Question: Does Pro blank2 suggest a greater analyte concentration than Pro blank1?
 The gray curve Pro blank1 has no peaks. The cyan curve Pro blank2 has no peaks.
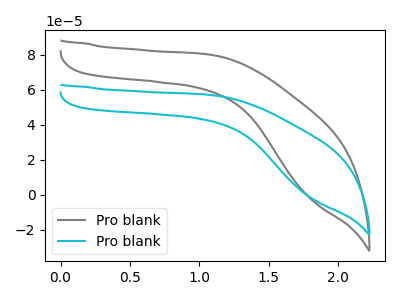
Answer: <think>Neither "Pro blank2" or "Pro blank1" have any peaks.
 </think>
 <answer>I cant tell if "Pro blank2" or "Pro blank1" has more signal.</answer>
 <eval>mixed_signal</eval>